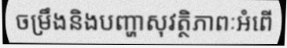
ចម្រឹងនិងបញ្ហាសុវត្ថិភាពៈអំពើ